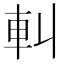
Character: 䡂